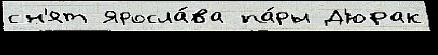
сн'ят Яросла́ва па́ры Д'юрак